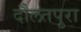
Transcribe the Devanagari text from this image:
दौलतपुरा